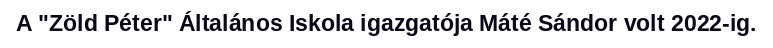
A "Zöld Péter" Általános Iskola igazgatója Máté Sándor volt 2022-ig.